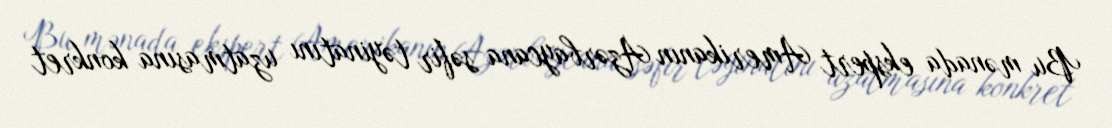
Bu mənada ekspert Amerikanın Azərbaycana səfir təyinatını uzatmasına konkret